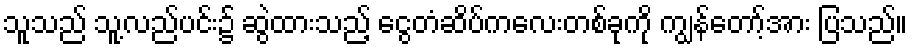
သူသည် သူ့လည်ပင်း၌ ဆွဲထားသည့် ငွေတံဆိပ်ကလေးတစ်ခုကို ကျွန်တော့်အား ပြသည်။